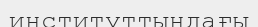
институттындағы